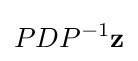
PDP^{-1}\mathbf {z}